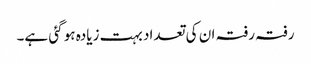
رفتہ رفتہ ان کی تعداد بہت زیادہ ہو گئی ہے۔